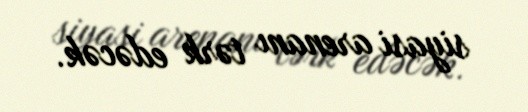
siyasi arenanı tərk edəcək.